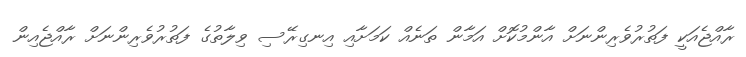
ރާއްޖެއަކީ ފަތުރުވެރިންނަށް އާންމުކޮށް އަމާން ތަނެއް ކަމަށާއި އިނގިރޭސި ވިލާތުގެ ފަތުރުވެރިންނަށް ރާއްޖެއިން